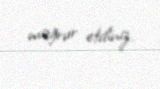
məğrur etdiniz.